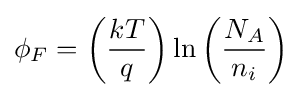
\phi _{F}=\left({\frac {kT}{q}}\right)\ln {\left({\frac {N_{A}}{n_{i}}}\right)}